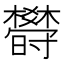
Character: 𣠈